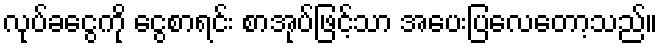
လုပ်ခငွေကို ငွေစာရင်း စာအုပ်ဖြင့်သာ အပေးပြလေတော့သည်။